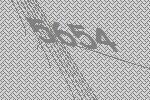
5654